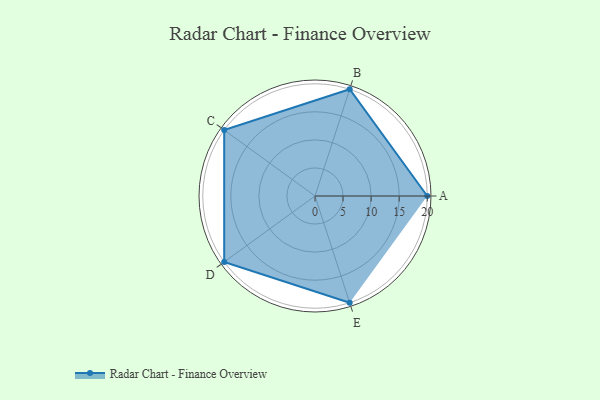
{"axis": {"x": "Skill", "y": "Score"}, "legend": ["Profile"], "data": [{"x": "A", "y": 20.0, "type": "Profile"}, {"x": "B", "y": 20, "type": "Profile"}, {"x": "C", "y": 20, "type": "Profile"}, {"x": "D", "y": 20, "type": "Profile"}, {"x": "E", "y": 20, "type": "Profile"}]}